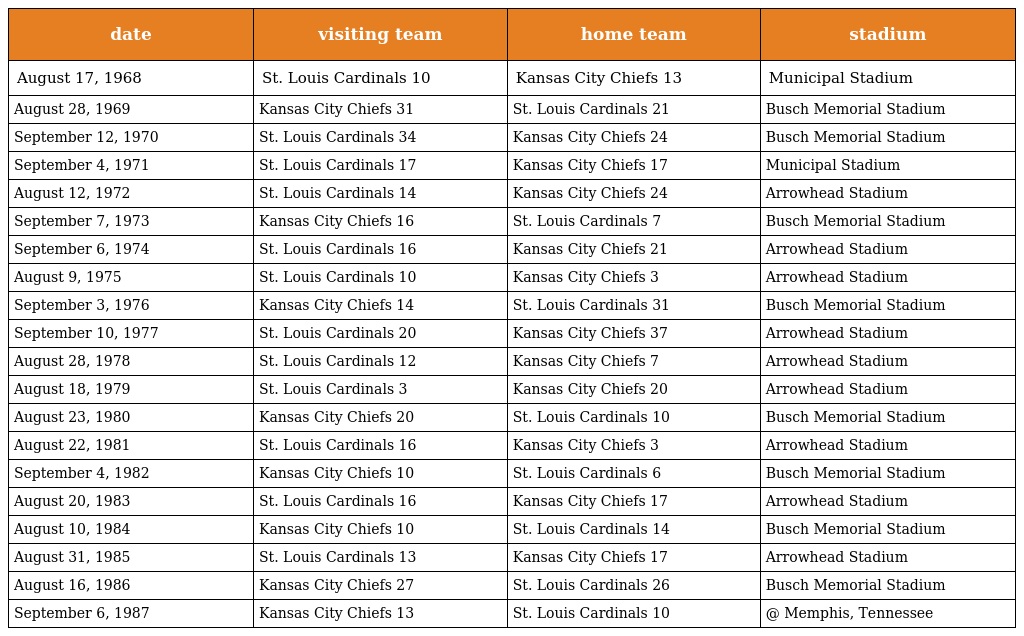
| date | visiting team | home team | stadium |
 | --- | --- | --- | --- |
 | August 17, 1968 | St. Louis Cardinals 10 | Kansas City Chiefs 13 | Municipal Stadium |
 | August 28, 1969 | Kansas City Chiefs 31 | St. Louis Cardinals 21 | Busch Memorial Stadium |
 | September 12, 1970 | St. Louis Cardinals 34 | Kansas City Chiefs 24 | Busch Memorial Stadium |
 | September 4, 1971 | St. Louis Cardinals 17 | Kansas City Chiefs 17 | Municipal Stadium |
 | August 12, 1972 | St. Louis Cardinals 14 | Kansas City Chiefs 24 | Arrowhead Stadium |
 | September 7, 1973 | Kansas City Chiefs 16 | St. Louis Cardinals 7 | Busch Memorial Stadium |
 | September 6, 1974 | St. Louis Cardinals 16 | Kansas City Chiefs 21 | Arrowhead Stadium |
 | August 9, 1975 | St. Louis Cardinals 10 | Kansas City Chiefs 3 | Arrowhead Stadium |
 | September 3, 1976 | Kansas City Chiefs 14 | St. Louis Cardinals 31 | Busch Memorial Stadium |
 | September 10, 1977 | St. Louis Cardinals 20 | Kansas City Chiefs 37 | Arrowhead Stadium |
 | August 28, 1978 | St. Louis Cardinals 12 | Kansas City Chiefs 7 | Arrowhead Stadium |
 | August 18, 1979 | St. Louis Cardinals 3 | Kansas City Chiefs 20 | Arrowhead Stadium |
 | August 23, 1980 | Kansas City Chiefs 20 | St. Louis Cardinals 10 | Busch Memorial Stadium |
 | August 22, 1981 | St. Louis Cardinals 16 | Kansas City Chiefs 3 | Arrowhead Stadium |
 | September 4, 1982 | Kansas City Chiefs 10 | St. Louis Cardinals 6 | Busch Memorial Stadium |
 | August 20, 1983 | St. Louis Cardinals 16 | Kansas City Chiefs 17 | Arrowhead Stadium |
 | August 10, 1984 | Kansas City Chiefs 10 | St. Louis Cardinals 14 | Busch Memorial Stadium |
 | August 31, 1985 | St. Louis Cardinals 13 | Kansas City Chiefs 17 | Arrowhead Stadium |
 | August 16, 1986 | Kansas City Chiefs 27 | St. Louis Cardinals 26 | Busch Memorial Stadium |
 | September 6, 1987 | Kansas City Chiefs 13 | St. Louis Cardinals 10 | @ Memphis, Tennessee |